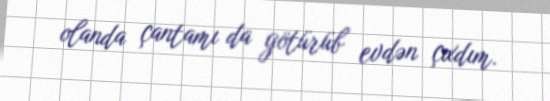
olanda çantamı da götürüb evdən çıxdım.